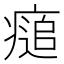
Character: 㾽